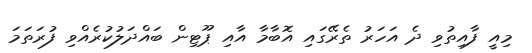
މިއީ ފާއިތުވި ދެ އަހަރު ތެރޭގައި އޮބާމާ އާއި ޕޫޓިން ބައްދަލުކުރެއްވި ފުރަތަމަ